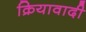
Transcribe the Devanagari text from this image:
क्रियावादी